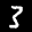
Label: 3